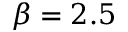
\beta = 2 . 5